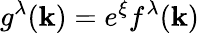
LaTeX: g^{\lambda}(\mathbf{k})=e^{\xi}f^{\lambda}(\mathbf{k})